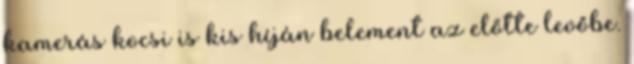
kamerás kocsi is kis híján belement az előtte levőbe.